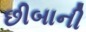
છીબાની